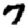
Digit: 7